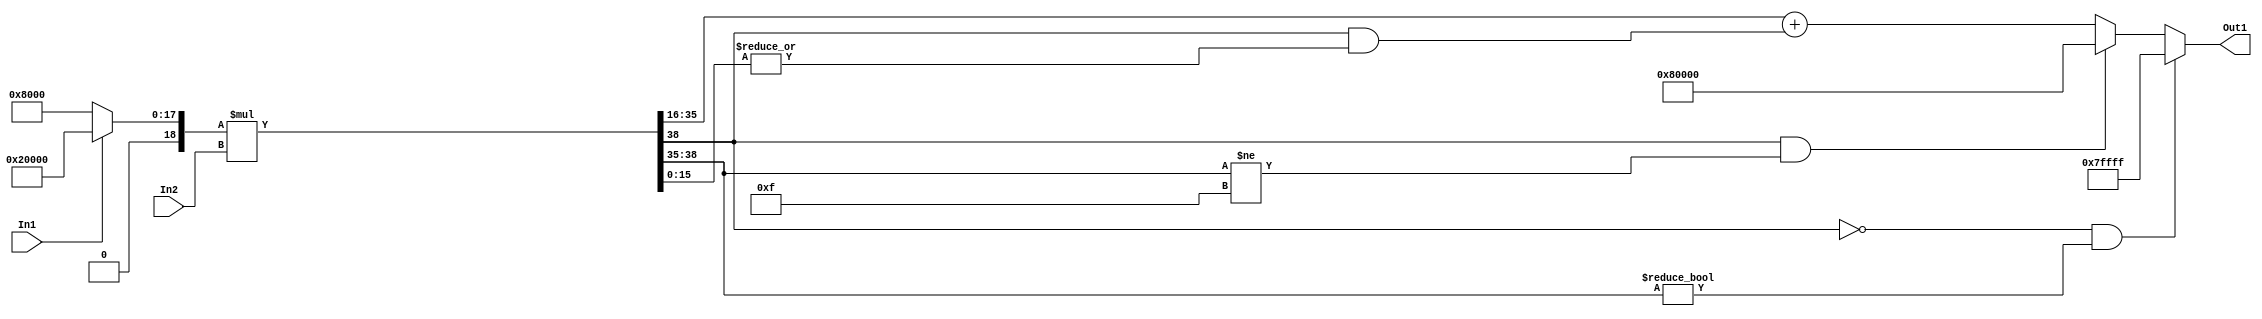
// -------------------------------------------------------------
// 
// 
// Generated by MATLAB 9.11 and HDL Coder 3.19
// 
// -------------------------------------------------------------


// -------------------------------------------------------------
// 
// Module: Subsystem_block
// Source Path: adpcm_precision_study/ADPCM_ECD/adpcm encoder2/ADPCM Decoder/Step Size Adaptor1/Subsystem
// Hierarchy Level: 4
// 
// -------------------------------------------------------------

`timescale 1 ns / 1 ns

module Subsystem_block
          (In1,
           In2,
           Out1);


  input   In1;
  input   signed [19:0] In2;  // sfix20_En16
  output  signed [19:0] Out1;  // sfix20_En16


  wire switch_compare_1;
  wire signed [19:0] Constant3_out1;  // sfix20_En16
  wire signed [19:0] Constant1_out1;  // sfix20_En16
  wire signed [19:0] Switch_out1;  // sfix20_En16
  wire signed [39:0] Product1_mul_temp;  // sfix40_En32
  wire signed [19:0] Product1_out1;  // sfix20_En16


  assign switch_compare_1 = In1 == 1'b1;



  assign Constant3_out1 = 20'sb00001000000000000000;



  assign Constant1_out1 = 20'sb00100000000000000000;



  assign Switch_out1 = (switch_compare_1 == 1'b0 ? Constant3_out1 :
              Constant1_out1);



  assign Product1_mul_temp = Switch_out1 * In2;
  assign Product1_out1 = ((Product1_mul_temp[39] == 1'b0) && (Product1_mul_temp[38:35] != 4'b0000) ? 20'sb01111111111111111111 :
              ((Product1_mul_temp[39] == 1'b1) && (Product1_mul_temp[38:35] != 4'b1111) ? 20'sb10000000000000000000 :
              Product1_mul_temp[35:16] + $signed({1'b0, Product1_mul_temp[39] & (|Product1_mul_temp[15:0])})));



  assign Out1 = Product1_out1;

endmodule  // Subsystem_block